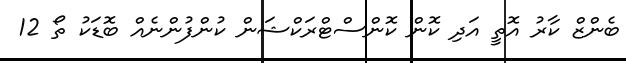
ބެންޒް ކާރު އޮތީ އަދި ކޮން ކޮންސްޓްރަކްޝަން ކުންފުންނެއް ބޮޑަކު ތޯ 12